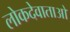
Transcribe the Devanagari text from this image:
लोकदेवाताओ